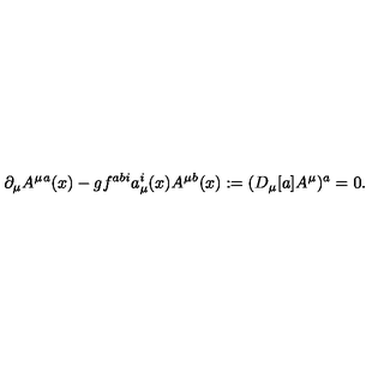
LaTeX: \partial _ { \mu } A ^ { \mu } { } ^ { a } ( x ) - g f ^ { a b i } a _ { \mu } ^ { i } ( x ) A ^ { \mu } { } ^ { b } ( x ) : = ( D _ { \mu } [ a ] A ^ { \mu } ) ^ { a } = 0 .